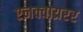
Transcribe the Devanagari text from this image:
एनक्वाय्ररर